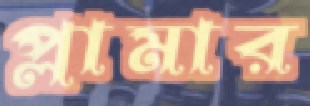
প্লামার